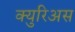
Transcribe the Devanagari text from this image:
क्युरिअस